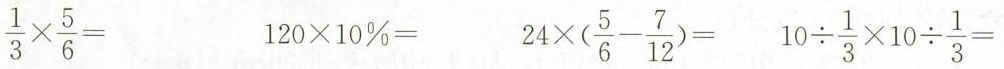
$$\frac{1}{3}\times \frac{5}{6}=$$ $$120 \times10%=$$ $$24 \times(\frac{5}{6}- \frac{7}{12})=$$ $$10 \div \frac{1}{3}\times10 \div \frac{1}{3}=$$